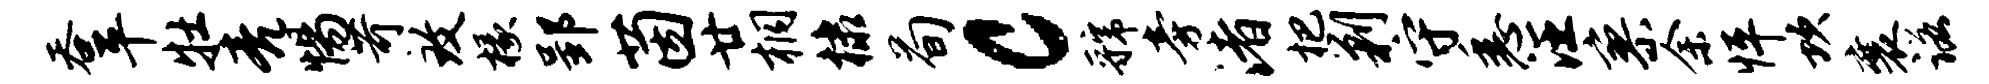
吞平牡亮惕苛致椽郢茵廿桐棣荀c虢旁渚杷剿守悉汪寥余怦坎襄诺